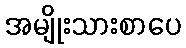
အမျိုးသားစာပေ